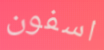
اسفون